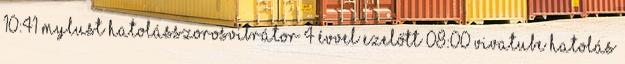
10:41 MyLust hatolásszorosvibrátor 4 évvel ezelőtt 08:00 VivaTube hatolás